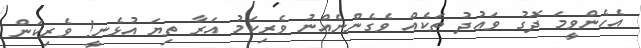
އެހެންވީމަ ދޮގު ވަޢުދު ތަކެއް ވެގެންނެއްނު ވެރިކަމު އަރާ ތިޔަ އުޅެނީ! ވެރިކަން